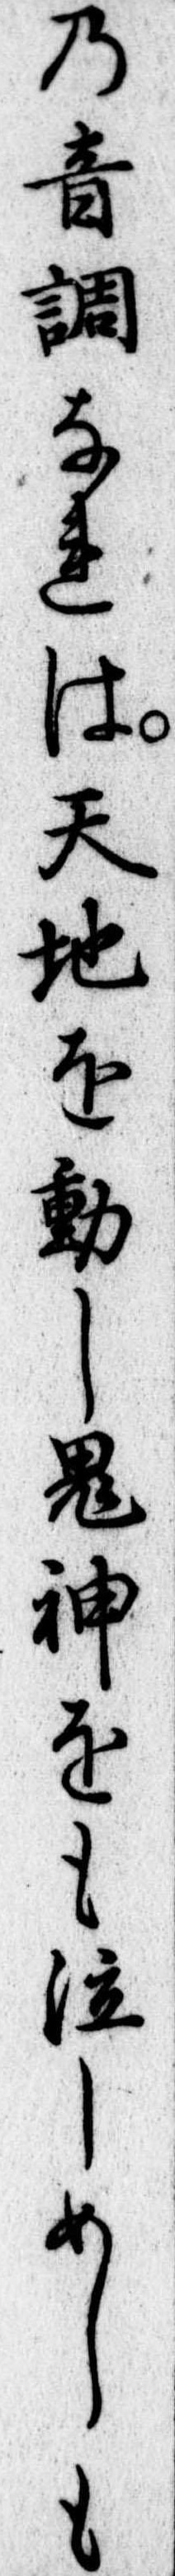
の音調なれは天地を動し鬼神をも泣しめしも